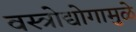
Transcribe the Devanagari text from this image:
वस्त्रोद्योगामुळे